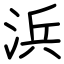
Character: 浜